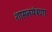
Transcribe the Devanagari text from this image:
शासनयंत्रणा